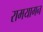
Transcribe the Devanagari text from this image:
रामयागन